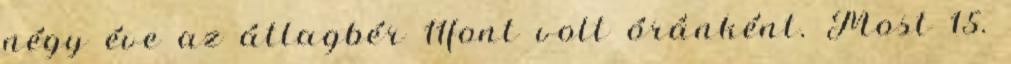
négy éve az átlagbér 11font volt óránként. Most 15.